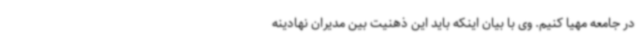
در جامعه مهیا کنیم. وی با بیان اینکه باید این ذهنیت بین مدیران نهادینه